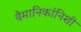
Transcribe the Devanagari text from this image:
वैमानिकांनिशी